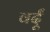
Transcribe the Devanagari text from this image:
वर्दूं